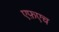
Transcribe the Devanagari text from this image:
एफ़एच